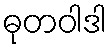
ဓုတဝါဒါ